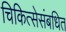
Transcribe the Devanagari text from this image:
चिकित्सेसंबधित